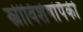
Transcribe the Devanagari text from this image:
स्त्रीविशेषांपैकी